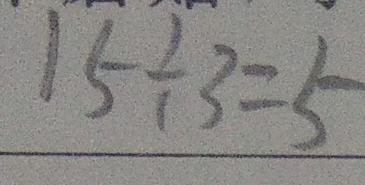
1 5 \div 3 = 5